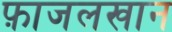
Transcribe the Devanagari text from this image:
फ़ाजलखान